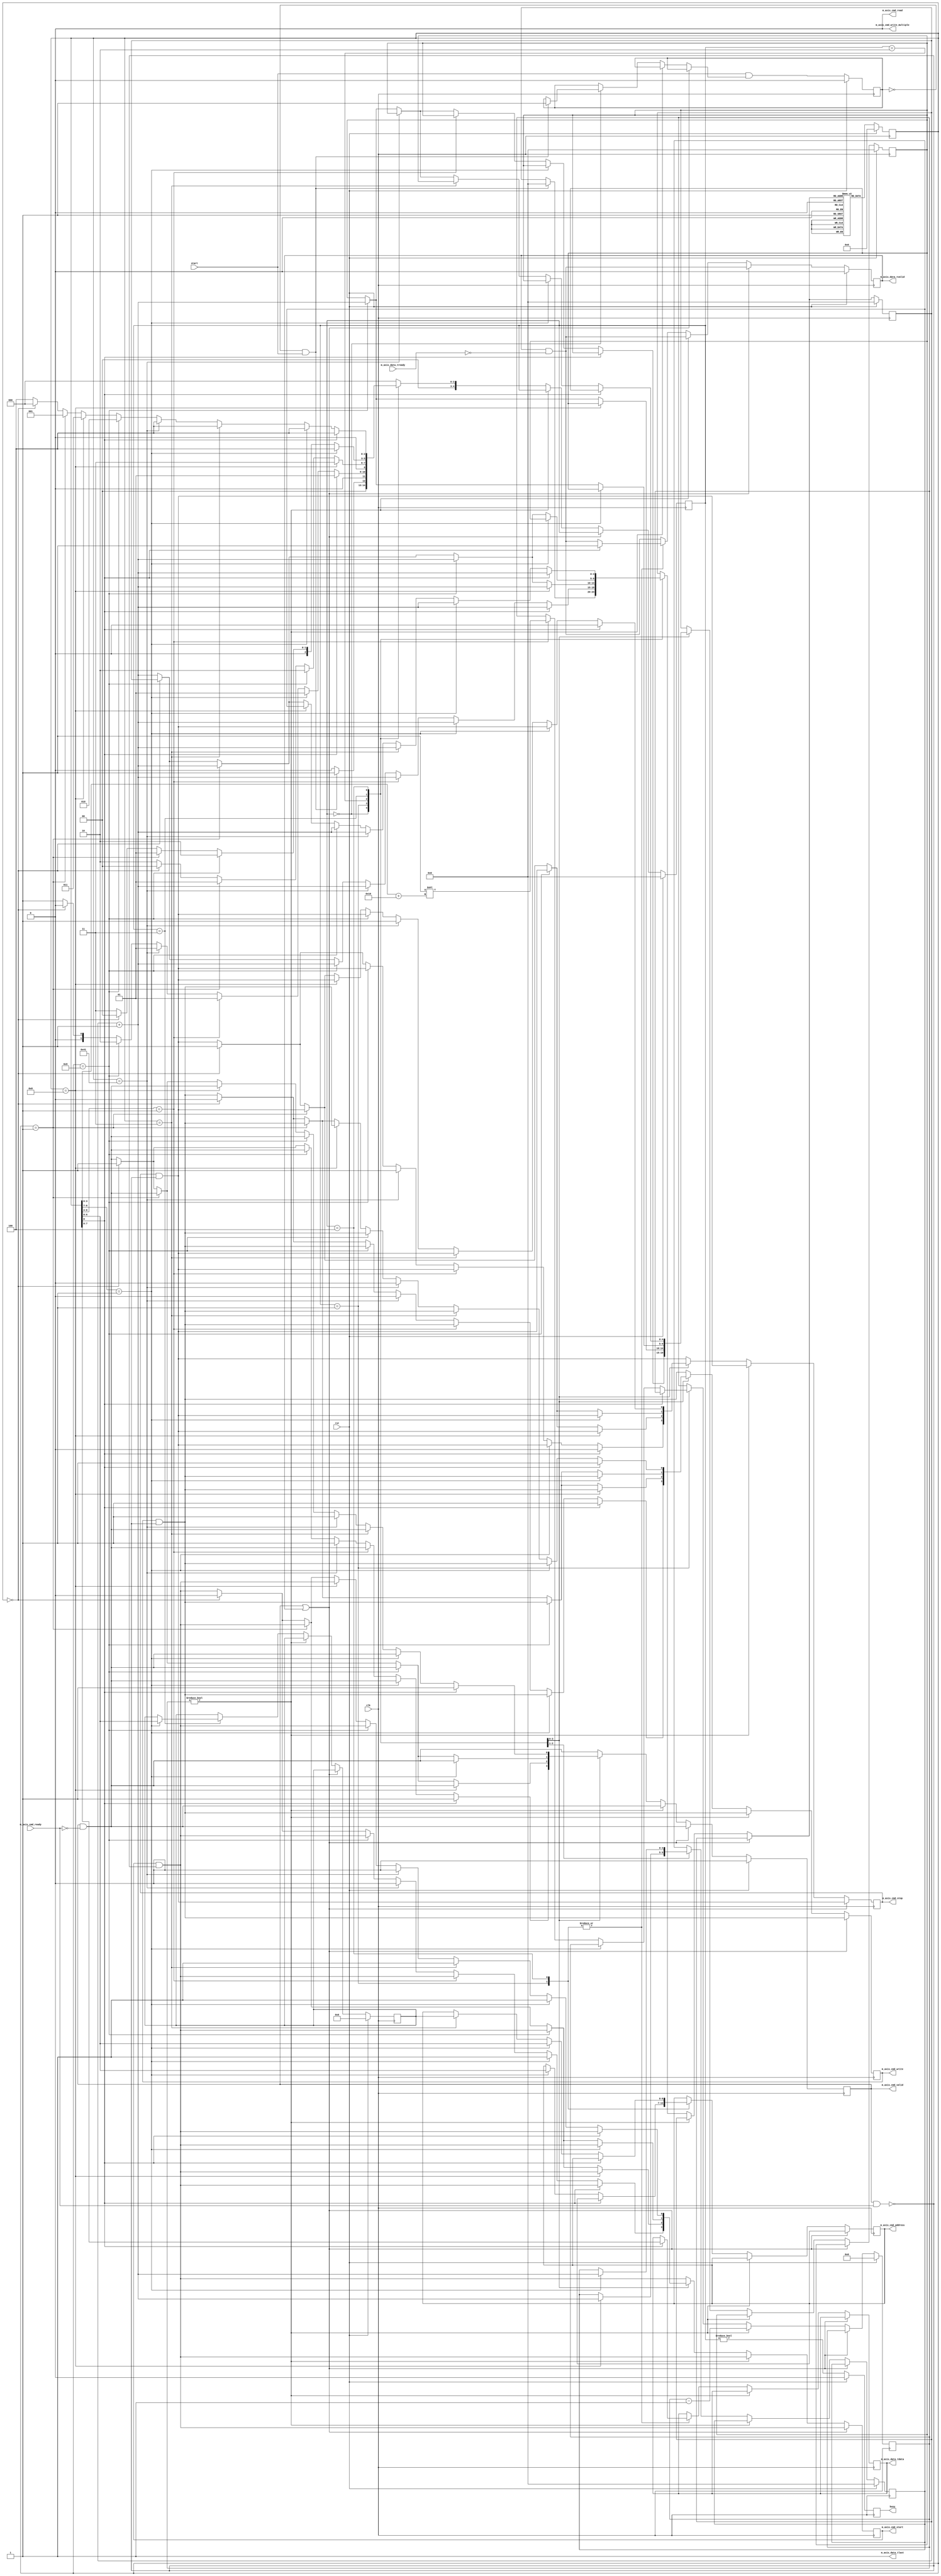
// This program was cloned from: https://github.com/alexforencich/verilog-i2c
// License: MIT License

/*

Copyright (c) 2015-2021 Alex Forencich

Permission is hereby granted, free of charge, to any person obtaining a copy
of this software and associated documentation files (the "Software"), to deal
in the Software without restriction, including without limitation the rights
to use, copy, modify, merge, publish, distribute, sublicense, and/or sell
copies of the Software, and to permit persons to whom the Software is
furnished to do so, subject to the following conditions:

The above copyright notice and this permission notice shall be included in
all copies or substantial portions of the Software.

THE SOFTWARE IS PROVIDED "AS IS", WITHOUT WARRANTY OF ANY KIND, EXPRESS OR
IMPLIED, INCLUDING BUT NOT LIMITED TO THE WARRANTIES OF MERCHANTABILITY
FITNESS FOR A PARTICULAR PURPOSE AND NONINFRINGEMENT. IN NO EVENT SHALL THE
AUTHORS OR COPYRIGHT HOLDERS BE LIABLE FOR ANY CLAIM, DAMAGES OR OTHER
LIABILITY, WHETHER IN AN ACTION OF CONTRACT, TORT OR OTHERWISE, ARISING FROM,
OUT OF OR IN CONNECTION WITH THE SOFTWARE OR THE USE OR OTHER DEALINGS IN
THE SOFTWARE.

*/

// Language: Verilog 2001

`timescale 1ns / 1ps

/*
 * I2C init
 */
module i2c_init (
    input  wire        clk,
    input  wire        rst,

    /*
     * I2C master interface
     */
    output wire [6:0]  m_axis_cmd_address,
    output wire        m_axis_cmd_start,
    output wire        m_axis_cmd_read,
    output wire        m_axis_cmd_write,
    output wire        m_axis_cmd_write_multiple,
    output wire        m_axis_cmd_stop,
    output wire        m_axis_cmd_valid,
    input  wire        m_axis_cmd_ready,

    output wire [7:0]  m_axis_data_tdata,
    output wire        m_axis_data_tvalid,
    input  wire        m_axis_data_tready,
    output wire        m_axis_data_tlast,

    /*
     * Status
     */
    output wire        busy,

    /*
     * Configuration
     */
    input  wire        start
);

/*

Generic module for I2C bus initialization.  Good for use when multiple devices
on an I2C bus must be initialized on system start without intervention of a
general-purpose processor.

Copy this file and change init_data and INIT_DATA_LEN as needed.

This module can be used in two modes: simple device initialization, or multiple
device initialization.  In multiple device mode, the same initialization sequence
can be performed on multiple different device addresses.

To use single device mode, only use the start write to address and write data commands.
The module will generate the I2C commands in sequential order.  Terminate the list
with a 0 entry.

To use the multiple device mode, use the start data and start address block commands
to set up lists of initialization data and device addresses.  The module enters
multiple device mode upon seeing a start data block command.  The module stores the
offset of the start of the data block and then skips ahead until it reaches a start
address block command.  The module will store the offset to the address block and
read the first address in the block.  Then it will jump back to the data block
and execute it, substituting the stored address for each current address write
command.  Upon reaching the start address block command, the module will read out the
next address and start again at the top of the data block.  If the module encounters
a start data block command while looking for an address, then it will store a new data
offset and then look for a start address block command.  Terminate the list with a 0
entry.  Normal address commands will operate normally inside a data block.

Commands:

00 0000000 : stop
00 0000001 : exit multiple device mode
00 0000011 : start write to current address
00 0001000 : start address block
00 0001001 : start data block
00 001dddd : delay 2**(16+d) cycles
00 1000001 : send I2C stop
01 aaaaaaa : start write to address
1 dddddddd : write 8-bit data

Examples

write 0x11223344 to register 0x0004 on device at 0x50

01 1010000  start write to 0x50
1 00000000  write address 0x0004
1 00000100
1 00010001  write data 0x11223344
1 00100010
1 00110011
1 01000100
0 00000000  stop

write 0x11223344 to register 0x0004 on devices at 0x50, 0x51, 0x52, and 0x53

00 0001001  start data block
00 0000011  start write to current address
1 00000000  write address 0x0004
1 00000100
1 00010001  write data 0x11223344
1 00100010
1 00110011
1 01000100
00 0001000  start address block
01 1010000  address 0x50
01 1010001  address 0x51
01 1010010  address 0x52
01 1010011  address 0x53
00 0000000  stop

*/

// init_data ROM
localparam INIT_DATA_LEN = 22;

reg [8:0] init_data [INIT_DATA_LEN-1:0];

initial begin
    // single address
    init_data[0]  = {2'b01, 7'h50}; // start write to address 0x50
    init_data[1]  = {1'b1, 8'h00}; // write address 0x0004
    init_data[2]  = {1'b1, 8'h04};
    init_data[3]  = {1'b1, 8'h11}; // write data 0x11223344
    init_data[4]  = {1'b1, 8'h22};
    init_data[5]  = {1'b1, 8'h33};
    init_data[6]  = {1'b1, 8'h44};
    // multiple addresses
    init_data[7]  = {2'b00, 7'b0001001}; // start data block
    init_data[8]  = {2'b00, 7'b0000011}; // start write to current address
    init_data[9]  = {1'b1, 8'h00}; // write address 0x0004
    init_data[10] = {1'b1, 8'h04};
    init_data[11] = {1'b1, 8'h11}; // write data 0x11223344
    init_data[12] = {1'b1, 8'h22};
    init_data[13] = {1'b1, 8'h33};
    init_data[14] = {1'b1, 8'h44};
    init_data[15] = {2'b00, 7'b0001000}; // start address block
    init_data[16] = {2'b01, 7'h50}; // start write to address 0x50
    init_data[17] = {2'b01, 7'h51}; // start write to address 0x51
    init_data[18] = {2'b01, 7'h52}; // start write to address 0x52
    init_data[19] = {2'b01, 7'h53}; // start write to address 0x53
    init_data[20] = 9'd1; // exit mode
    init_data[21] = 9'd0; // stop
end

localparam [3:0]
    STATE_IDLE = 3'd0,
    STATE_RUN = 3'd1,
    STATE_TABLE_1 = 3'd2,
    STATE_TABLE_2 = 3'd3,
    STATE_TABLE_3 = 3'd4;

reg [4:0] state_reg = STATE_IDLE, state_next;

parameter AW = $clog2(INIT_DATA_LEN);

reg [8:0] init_data_reg = 9'd0;

reg [AW-1:0] address_reg = {AW{1'b0}}, address_next;
reg [AW-1:0] address_ptr_reg = {AW{1'b0}}, address_ptr_next;
reg [AW-1:0] data_ptr_reg = {AW{1'b0}}, data_ptr_next;

reg [6:0] cur_address_reg = 7'd0, cur_address_next;

reg [31:0] delay_counter_reg = 32'd0, delay_counter_next;

reg [6:0] m_axis_cmd_address_reg = 7'd0, m_axis_cmd_address_next;
reg m_axis_cmd_start_reg = 1'b0, m_axis_cmd_start_next;
reg m_axis_cmd_write_reg = 1'b0, m_axis_cmd_write_next;
reg m_axis_cmd_stop_reg = 1'b0, m_axis_cmd_stop_next;
reg m_axis_cmd_valid_reg = 1'b0, m_axis_cmd_valid_next;

reg [7:0] m_axis_data_tdata_reg = 8'd0, m_axis_data_tdata_next;
reg m_axis_data_tvalid_reg = 1'b0, m_axis_data_tvalid_next;

reg start_flag_reg = 1'b0, start_flag_next;

reg busy_reg = 1'b0;

assign m_axis_cmd_address = m_axis_cmd_address_reg;
assign m_axis_cmd_start = m_axis_cmd_start_reg;
assign m_axis_cmd_read = 1'b0;
assign m_axis_cmd_write = m_axis_cmd_write_reg;
assign m_axis_cmd_write_multiple = 1'b0;
assign m_axis_cmd_stop = m_axis_cmd_stop_reg;
assign m_axis_cmd_valid = m_axis_cmd_valid_reg;

assign m_axis_data_tdata = m_axis_data_tdata_reg;
assign m_axis_data_tvalid = m_axis_data_tvalid_reg;
assign m_axis_data_tlast = 1'b1;

assign busy = busy_reg;

always @* begin
    state_next = STATE_IDLE;

    address_next = address_reg;
    address_ptr_next = address_ptr_reg;
    data_ptr_next = data_ptr_reg;

    cur_address_next = cur_address_reg;

    delay_counter_next = delay_counter_reg;

    m_axis_cmd_address_next = m_axis_cmd_address_reg;
    m_axis_cmd_start_next = m_axis_cmd_start_reg & ~(m_axis_cmd_valid & m_axis_cmd_ready);
    m_axis_cmd_write_next = m_axis_cmd_write_reg & ~(m_axis_cmd_valid & m_axis_cmd_ready);
    m_axis_cmd_stop_next = m_axis_cmd_stop_reg & ~(m_axis_cmd_valid & m_axis_cmd_ready);
    m_axis_cmd_valid_next = m_axis_cmd_valid_reg & ~m_axis_cmd_ready;

    m_axis_data_tdata_next = m_axis_data_tdata_reg;
    m_axis_data_tvalid_next = m_axis_data_tvalid_reg & ~m_axis_data_tready;

    start_flag_next = start_flag_reg;

    if (m_axis_cmd_valid | m_axis_data_tvalid) begin
        // wait for output registers to clear
        state_next = state_reg;
    end else if (delay_counter_reg != 0) begin
        // delay
        delay_counter_next = delay_counter_reg - 1;
        state_next = state_reg;
    end else begin
        case (state_reg)
            STATE_IDLE: begin
                // wait for start signal
                if (~start_flag_reg & start) begin
                    address_next = {AW{1'b0}};
                    start_flag_next = 1'b1;
                    state_next = STATE_RUN;
                end else begin
                    state_next = STATE_IDLE;
                end
            end
            STATE_RUN: begin
                // process commands
                if (init_data_reg[8] == 1'b1) begin
                    // write data
                    m_axis_cmd_write_next = 1'b1;
                    m_axis_cmd_stop_next = 1'b0;
                    m_axis_cmd_valid_next = 1'b1;

                    m_axis_data_tdata_next = init_data_reg[7:0];
                    m_axis_data_tvalid_next = 1'b1;

                    address_next = address_reg + 1;

                    state_next = STATE_RUN;
                end else if (init_data_reg[8:7] == 2'b01) begin
                    // write address
                    m_axis_cmd_address_next = init_data_reg[6:0];
                    m_axis_cmd_start_next = 1'b1;

                    address_next = address_reg + 1;

                    state_next = STATE_RUN;
                end else if (init_data_reg[8:4] == 5'b00001) begin
                    // delay
                    delay_counter_next = 32'd1 << (init_data_reg[3:0]+16);

                    address_next = address_reg + 1;

                    state_next = STATE_RUN;
                end else if (init_data_reg == 9'b001000001) begin
                    // send stop
                    m_axis_cmd_write_next = 1'b0;
                    m_axis_cmd_start_next = 1'b0;
                    m_axis_cmd_stop_next = 1'b1;
                    m_axis_cmd_valid_next = 1'b1;

                    address_next = address_reg + 1;

                    state_next = STATE_RUN;
                end else if (init_data_reg == 9'b000001001) begin
                    // data table start
                    data_ptr_next = address_reg + 1;
                    address_next = address_reg + 1;
                    state_next = STATE_TABLE_1;
                end else if (init_data_reg == 9'd0) begin
                    // stop
                    m_axis_cmd_start_next = 1'b0;
                    m_axis_cmd_write_next = 1'b0;
                    m_axis_cmd_stop_next = 1'b1;
                    m_axis_cmd_valid_next = 1'b1;

                    state_next = STATE_IDLE;
                end else begin
                    // invalid command, skip
                    address_next = address_reg + 1;
                    state_next = STATE_RUN;
                end
            end
            STATE_TABLE_1: begin
                // find address table start
                if (init_data_reg == 9'b000001000) begin
                    // address table start
                    address_ptr_next = address_reg + 1;
                    address_next = address_reg + 1;
                    state_next = STATE_TABLE_2;
                end else if (init_data_reg == 9'b000001001) begin
                    // data table start
                    data_ptr_next = address_reg + 1;
                    address_next = address_reg + 1;
                    state_next = STATE_TABLE_1;
                end else if (init_data_reg == 1) begin
                    // exit mode
                    address_next = address_reg + 1;
                    state_next = STATE_RUN;
                end else if (init_data_reg == 9'd0) begin
                    // stop
                    m_axis_cmd_start_next = 1'b0;
                    m_axis_cmd_write_next = 1'b0;
                    m_axis_cmd_stop_next = 1'b1;
                    m_axis_cmd_valid_next = 1'b1;

                    state_next = STATE_IDLE;
                end else begin
                    // invalid command, skip
                    address_next = address_reg + 1;
                    state_next = STATE_TABLE_1;
                end
            end
            STATE_TABLE_2: begin
                // find next address
                if (init_data_reg[8:7] == 2'b01) begin
                    // write address command
                    // store address and move to data table
                    cur_address_next = init_data_reg[6:0];
                    address_ptr_next = address_reg + 1;
                    address_next = data_ptr_reg;
                    state_next = STATE_TABLE_3;
                end else if (init_data_reg == 9'b000001001) begin
                    // data table start
                    data_ptr_next = address_reg + 1;
                    address_next = address_reg + 1;
                    state_next = STATE_TABLE_1;
                end else if (init_data_reg == 9'd1) begin
                    // exit mode
                    address_next = address_reg + 1;
                    state_next = STATE_RUN;
                end else if (init_data_reg == 9'd0) begin
                    // stop
                    m_axis_cmd_start_next = 1'b0;
                    m_axis_cmd_write_next = 1'b0;
                    m_axis_cmd_stop_next = 1'b1;
                    m_axis_cmd_valid_next = 1'b1;

                    state_next = STATE_IDLE;
                end else begin
                    // invalid command, skip
                    address_next = address_reg + 1;
                    state_next = STATE_TABLE_2;
                end
            end
            STATE_TABLE_3: begin
                // process data table with selected address
                if (init_data_reg[8] == 1'b1) begin
                    // write data
                    m_axis_cmd_write_next = 1'b1;
                    m_axis_cmd_stop_next = 1'b0;
                    m_axis_cmd_valid_next = 1'b1;

                    m_axis_data_tdata_next = init_data_reg[7:0];
                    m_axis_data_tvalid_next = 1'b1;

                    address_next = address_reg + 1;

                    state_next = STATE_TABLE_3;
                end else if (init_data_reg[8:7] == 2'b01) begin
                    // write address
                    m_axis_cmd_address_next = init_data_reg[6:0];
                    m_axis_cmd_start_next = 1'b1;

                    address_next = address_reg + 1;

                    state_next = STATE_TABLE_3;
                end else if (init_data_reg == 9'b000000011) begin
                    // write current address
                    m_axis_cmd_address_next = cur_address_reg;
                    m_axis_cmd_start_next = 1'b1;

                    address_next = address_reg + 1;

                    state_next = STATE_TABLE_3;
                end else if (init_data_reg == 9'b001000001) begin
                    // send stop
                    m_axis_cmd_write_next = 1'b0;
                    m_axis_cmd_start_next = 1'b0;
                    m_axis_cmd_stop_next = 1'b1;
                    m_axis_cmd_valid_next = 1'b1;

                    address_next = address_reg + 1;

                    state_next = STATE_TABLE_3;
                end else if (init_data_reg == 9'b000001001) begin
                    // data table start
                    data_ptr_next = address_reg + 1;
                    address_next = address_reg + 1;
                    state_next = STATE_TABLE_1;
                end else if (init_data_reg == 9'b000001000) begin
                    // address table start
                    address_next = address_ptr_reg;
                    state_next = STATE_TABLE_2;
                end else if (init_data_reg == 9'd1) begin
                    // exit mode
                    address_next = address_reg + 1;
                    state_next = STATE_RUN;
                end else if (init_data_reg == 9'd0) begin
                    // stop
                    m_axis_cmd_start_next = 1'b0;
                    m_axis_cmd_write_next = 1'b0;
                    m_axis_cmd_stop_next = 1'b1;
                    m_axis_cmd_valid_next = 1'b1;

                    state_next = STATE_IDLE;
                end else begin
                    // invalid command, skip
                    address_next = address_reg + 1;
                    state_next = STATE_TABLE_3;
                end
            end
        endcase
    end
end

always @(posedge clk) begin
    state_reg <= state_next;

    // read init_data ROM
    init_data_reg <= init_data[address_next];

    address_reg <= address_next;
    address_ptr_reg <= address_ptr_next;
    data_ptr_reg <= data_ptr_next;

    cur_address_reg <= cur_address_next;

    delay_counter_reg <= delay_counter_next;

    m_axis_cmd_address_reg <= m_axis_cmd_address_next;
    m_axis_cmd_start_reg <= m_axis_cmd_start_next;
    m_axis_cmd_write_reg <= m_axis_cmd_write_next;
    m_axis_cmd_stop_reg <= m_axis_cmd_stop_next;
    m_axis_cmd_valid_reg <= m_axis_cmd_valid_next;

    m_axis_data_tdata_reg <= m_axis_data_tdata_next;
    m_axis_data_tvalid_reg <= m_axis_data_tvalid_next;

    start_flag_reg <= start & start_flag_next;

    busy_reg <= (state_reg != STATE_IDLE);

    if (rst) begin
        state_reg <= STATE_IDLE;

        init_data_reg <= 9'd0;

        address_reg <= {AW{1'b0}};
        address_ptr_reg <= {AW{1'b0}};
        data_ptr_reg <= {AW{1'b0}};

        cur_address_reg <= 7'd0;

        delay_counter_reg <= 32'd0;

        m_axis_cmd_valid_reg <= 1'b0;

        m_axis_data_tvalid_reg <= 1'b0;

        start_flag_reg <= 1'b0;

        busy_reg <= 1'b0;
    end
end

endmodule